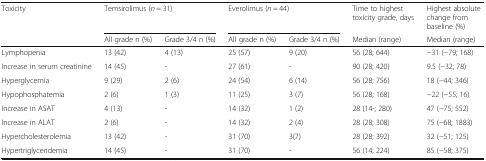
<table><thead><tr><td rowspan="2"><b>Toxicity</b></td><td colspan="2"><b>Temsirolimus (<i>n</i> = 31)</b></td><td colspan="2"><b>Everolimus (<i>n</i> = 44)</b></td><td><b>Time to highest toxicity grade, days</b></td><td><b>Highest absolute change from baseline (%)</b></td></tr><tr><td><b>All grade n (%)</b></td><td><b>Grade 3/4 n (%)</b></td><td><b>All grade n (%)</b></td><td><b>Grade 3/4 n (%)</b></td><td><b>Median (range)</b></td><td><b>Median (range)</b></td></tr></thead><tbody><tr><td>Lymphopenia</td><td>13 (42)</td><td>4 (13)</td><td>25 (57)</td><td>9 (20)</td><td>56 (28; 644)</td><td>−31 (−79; 168)</td></tr><tr><td>Increase in serum creatinine</td><td>14 (45)</td><td>-</td><td>27 (61)</td><td>-</td><td>90 (28; 420)</td><td>9.5 (−32; 78)</td></tr><tr><td>Hyperglycemia</td><td>9 (29)</td><td>2 (6)</td><td>24 (54)</td><td>6 (14)</td><td>56 (28; 756)</td><td>18 (−44; 346)</td></tr><tr><td>Hypophosphatemia</td><td>2 (6)</td><td>1 (3)</td><td>11 (25)</td><td>3 (7)</td><td>56 (28; 168)</td><td>−22 (−55; 16)</td></tr><tr><td>Increase in ASAT</td><td>4 (13)</td><td>-</td><td>14 (32)</td><td>1 (2)</td><td>28 (14-; 280)</td><td>47 (−75; 552)</td></tr><tr><td>Increase in ALAT</td><td>2 (6)</td><td>-</td><td>14 (32)</td><td>2 (4)</td><td>28 (28; 308)</td><td>75 (−68; 1883)</td></tr><tr><td>Hypercholesterolemia</td><td>13 (42)</td><td>-</td><td>31 (70)</td><td>3(7)</td><td>28 (28; 392)</td><td>32 (−51; 125)</td></tr><tr><td>Hypertriglyceridemia</td><td>14 (45)</td><td>-</td><td>31 (70)</td><td>-</td><td>56 (14; 224)</td><td>85 (−58; 375)</td></tr></tbody></table>